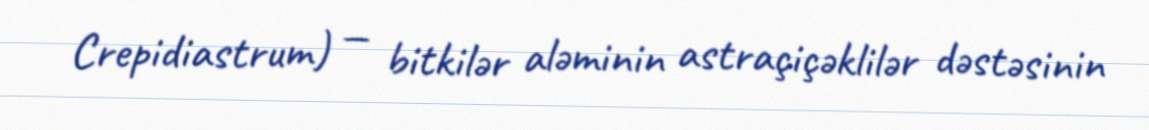
Crepidiastrum) — bitkilər aləminin astraçiçəklilər dəstəsinin